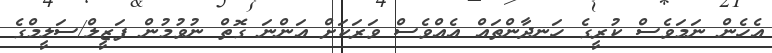
އެހެން ނަމަވެސް ކުރީގެ ހަނދާންތައް އެއްވެސް ވަރަކަށް އަންނަ ގޮތް ނުވުމުން ފަޒީލް/ސަލީމްގެ